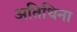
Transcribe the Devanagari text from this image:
अतिथिना